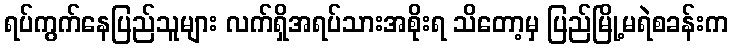
ရပ်ကွက်နေပြည်သူများ လက်ရှိအရပ်သားအစိုးရ သိတော့မှ ပြည်မြို့မရဲစခန်းက